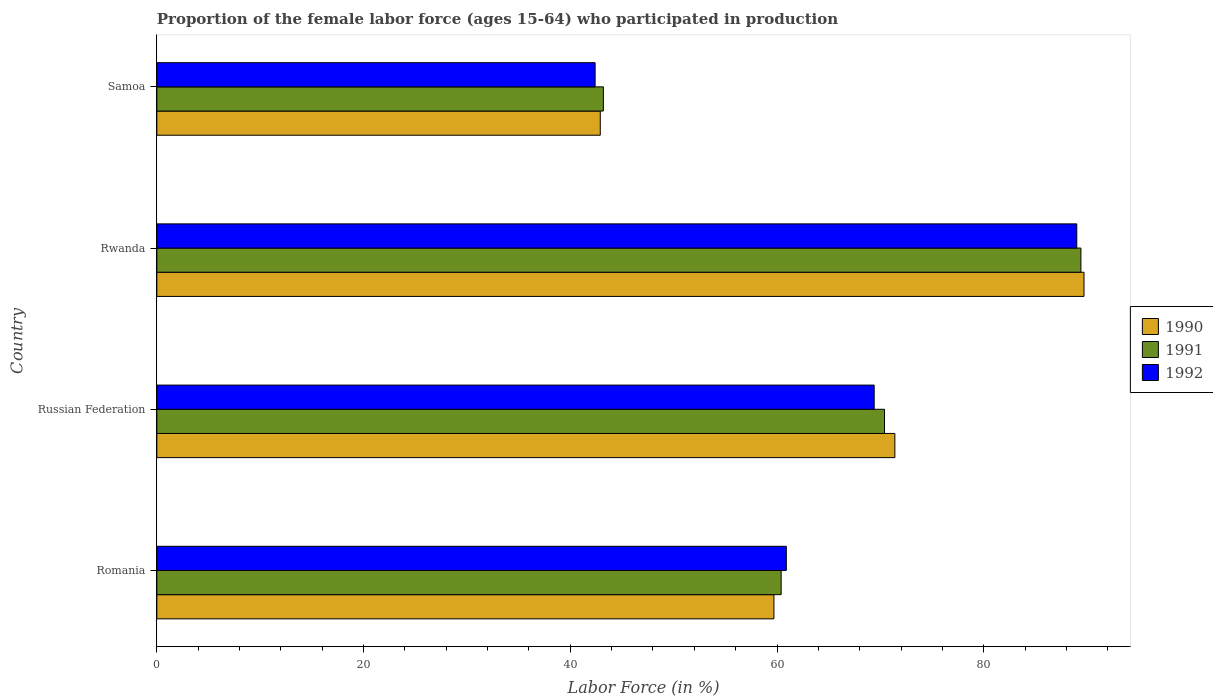
| Country | 1990 | 1991 | 1992 |
 | --- | --- | --- | --- |
 | Romania | 59.7 | 60.4 | 60.9 |
 | Russian Federation | 71.4 | 70.4 | 69.4 |
 | Rwanda | 89.7 | 89.4 | 89 |
 | Samoa | 42.9 | 43.2 | 42.4 |